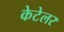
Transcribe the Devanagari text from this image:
केटेलर